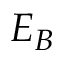
E _ { B }